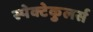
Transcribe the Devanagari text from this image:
स्पेक्टेकुलर्स